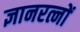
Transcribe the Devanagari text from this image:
ज्ञानरत्नों